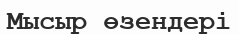
Мысыр өзендері